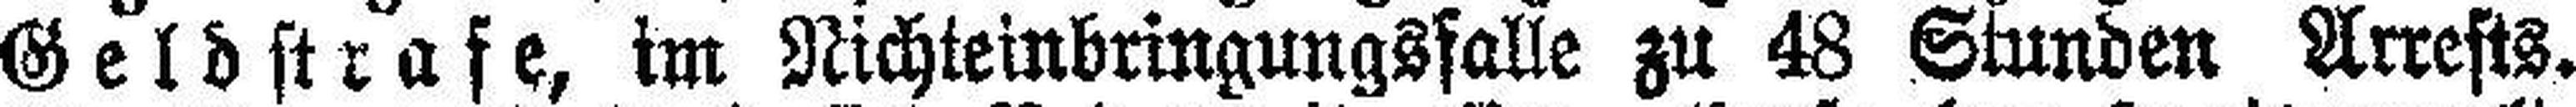
Geldstrafe, im Nichteinbringungsfalle zu 48 Stunden Arrests.